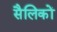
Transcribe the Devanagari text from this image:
सैलिकों